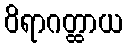
ဝိရာဂတ္ထာယ